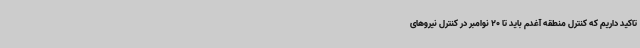
تاکید داریم که کنترل منطقه آغدم باید تا 20 نوامبر در کنترل نیروهای